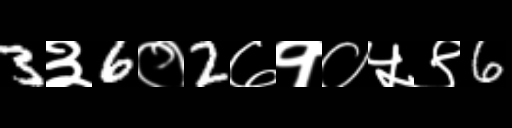
Text: 3३6०2७१०५९6